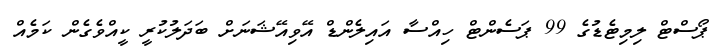
ޕޯސްޓް ލިމިޓެޑުގެ 99 ޕަސެންޓް ހިއްސާ އައިލެންޑް އޭވިއޭޝަނަށް ބަދަލުކުރީ ކީއްވެގެން ކަމެއް